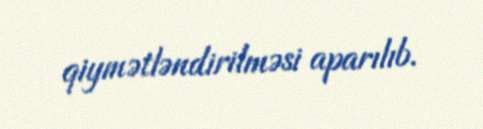
qiymətləndirilməsi aparılıb.